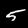
Digit: 5